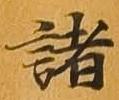
諸